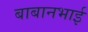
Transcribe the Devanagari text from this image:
बाबानभाई